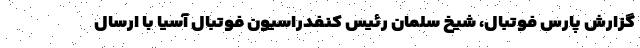
گزارش پارس فوتبال، شیخ سلمان رئیس کنفدراسیون فوتبال آسیا با ارسال